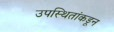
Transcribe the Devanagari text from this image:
उपस्थितांकडून